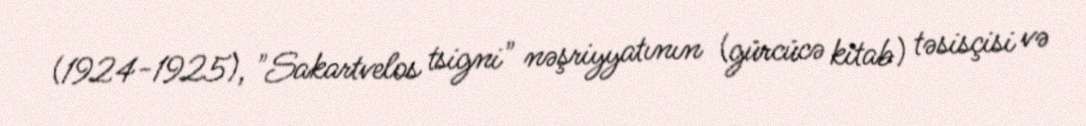
(1924-1925), "Sakartvelos tsigni" nəşriyyatının (gürcücə kitab) təsisçisi və